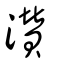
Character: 灒